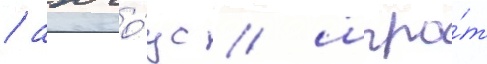
/ анчо́ус / шпро́т